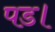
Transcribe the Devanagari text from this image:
पड।